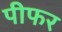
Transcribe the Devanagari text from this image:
पीफर